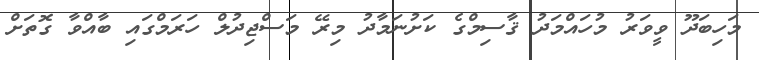
މަހިބަދޫ ވީވަރު މުހައްމަދު ޤާސިމްގެ ކަށުނަމާދު މިރޭ މަސްޖިދުލް ހަރަމްގައި ބާއްވާ ގޮތަށް